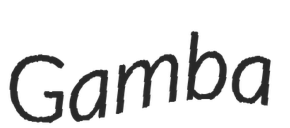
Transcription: Gamba